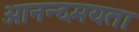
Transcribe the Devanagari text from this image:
आनन्दमयता